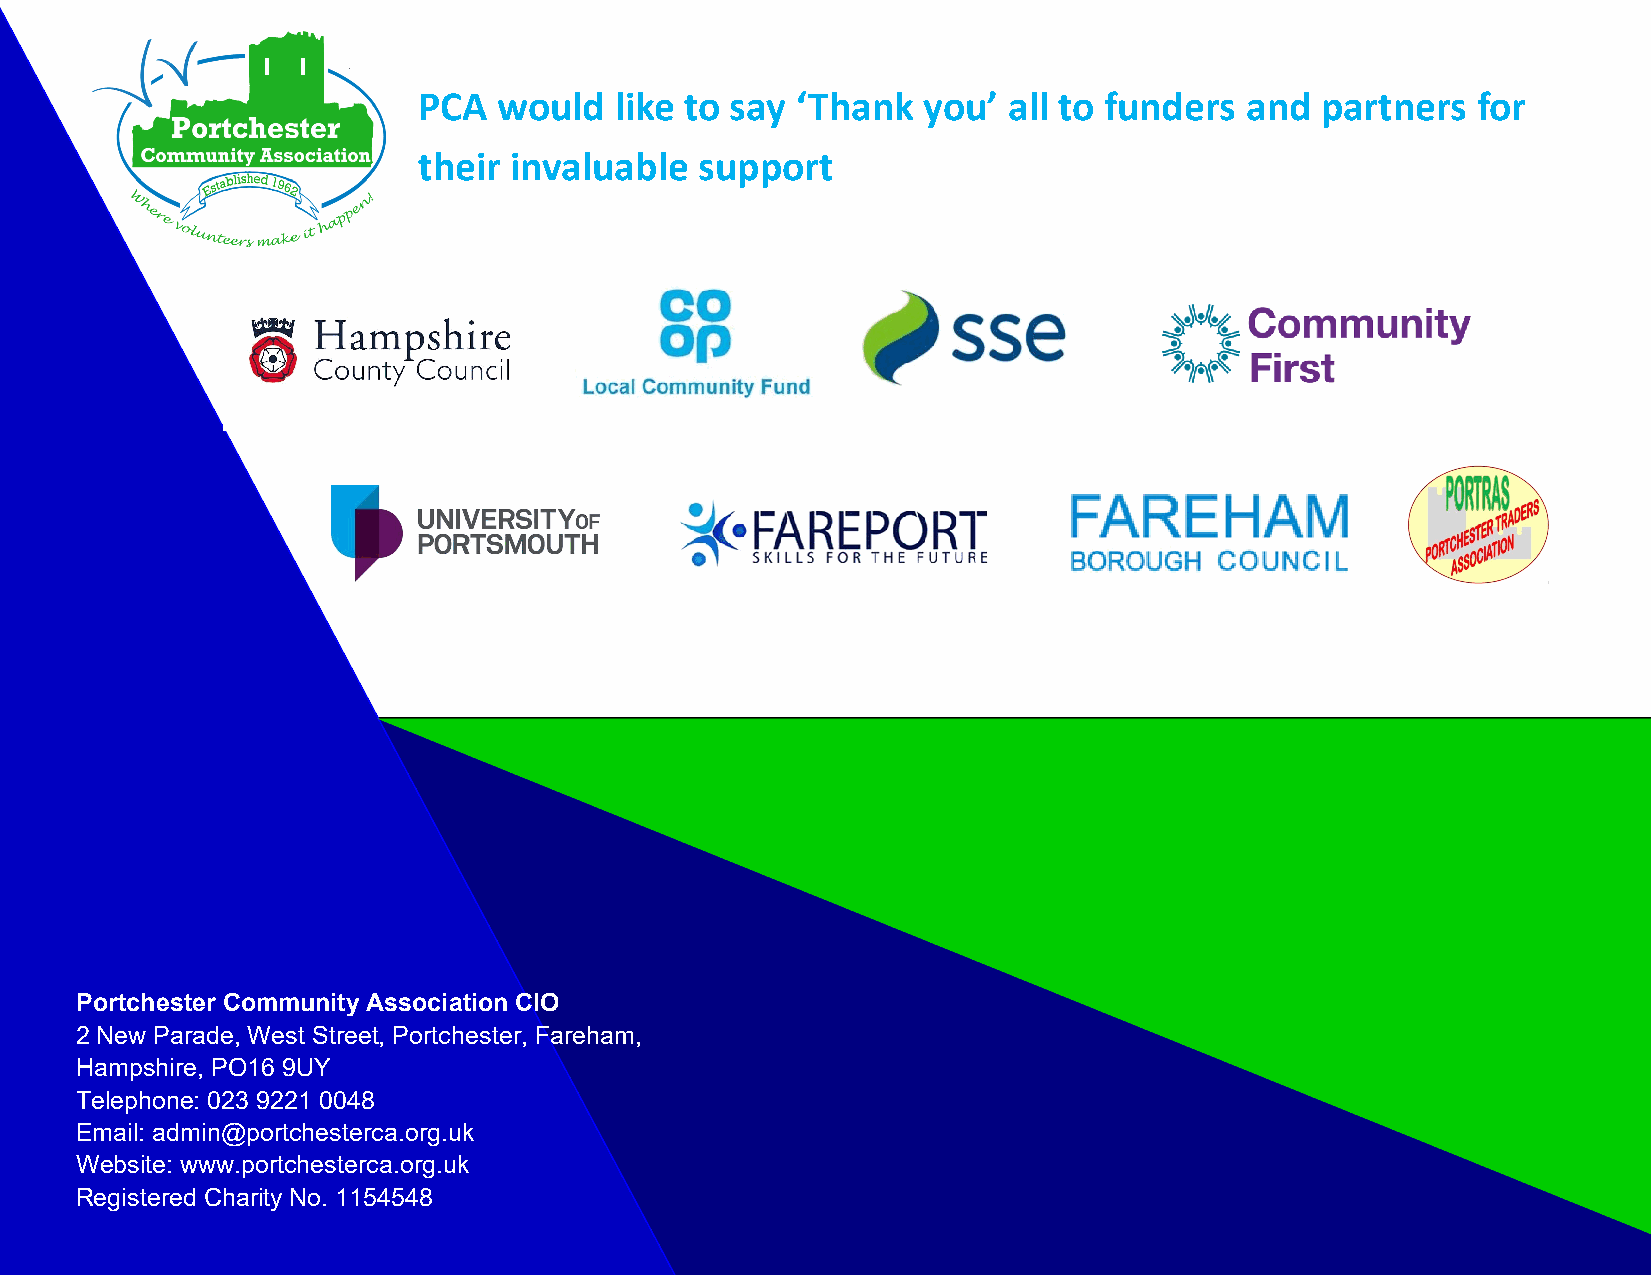
PCA  would   like to say ‘Thank  you’  all to funders and  partners   for
 their invaluable  support
 Portchester Community Association CIO
 2 New Parade, West Street, Portchester, Fareham,
 Hampshire, PO16 9UY
 Telephone: 023 9221 0048
 Email: admin@portchesterca.org.uk
 Website: www.portchesterca.org.uk
 Registered Charity No. 1154548